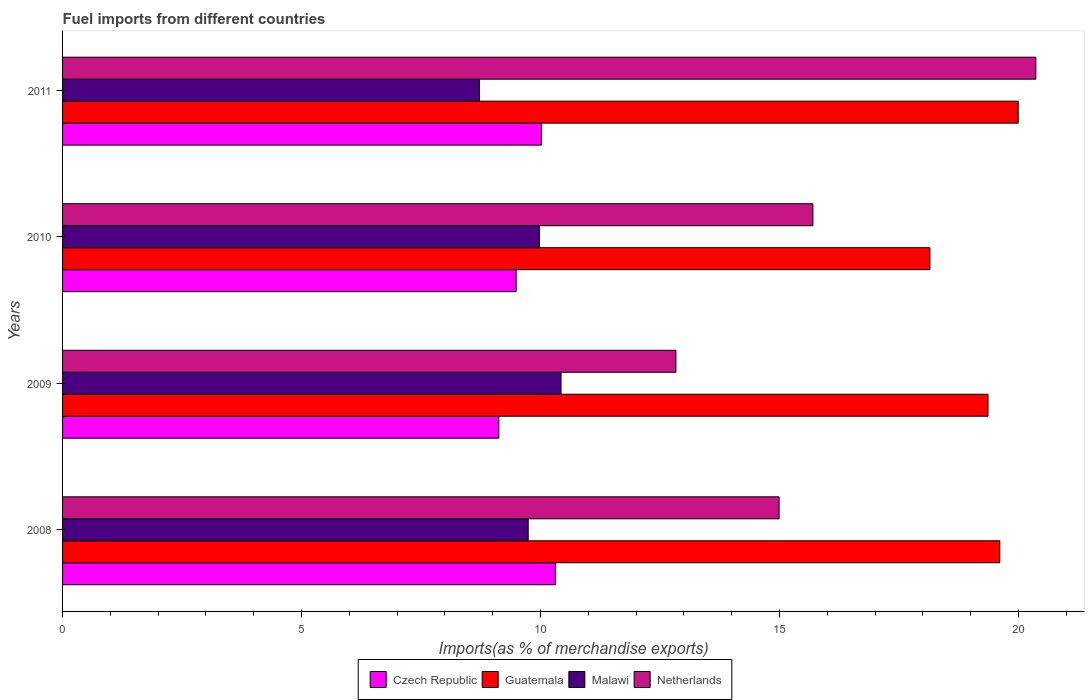
| Years | Czech Republic | Guatemala | Malawi | Netherlands |
 | --- | --- | --- | --- | --- |
 | 2008 | 10.3 | 19.6 | 9.74 | 15 |
 | 2009 | 9.13 | 19.4 | 10.4 | 12.8 |
 | 2010 | 9.49 | 18.1 | 9.98 | 15.7 |
 | 2011 | 10 | 20 | 8.72 | 20.4 |